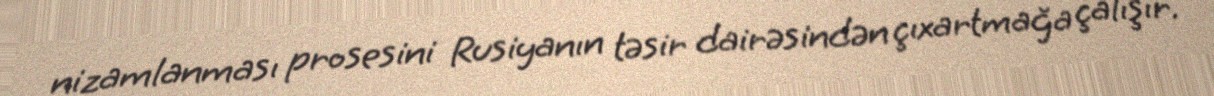
nizamlanması prosesini Rusiyanın təsir dairəsindən çıxartmağa çalışır.